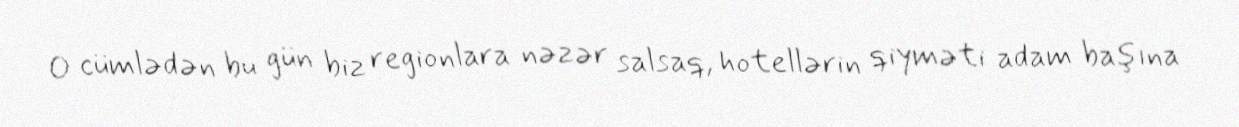
O cümlədən bu gün biz regionlara nəzər salsaq, hotellərin qiyməti adam başına